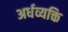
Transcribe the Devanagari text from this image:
अर्धव्यक्ति